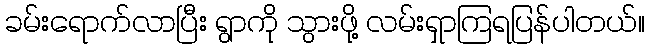
ခမ်းရောက်လာပြီး ရွာကို သွားဖို့ လမ်းရှာကြရပြန်ပါတယ်။